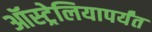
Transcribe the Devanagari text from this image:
ऑस्ट्रेलियापर्यंत